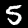
Digit: 5